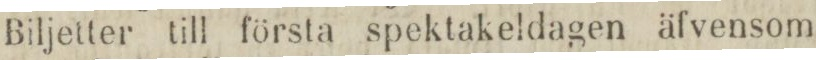
Biljetter till första spektakeldagen äfvensom